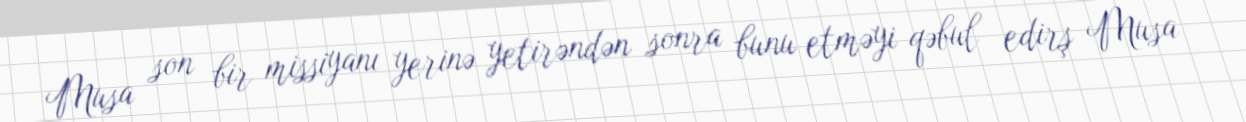
Musa son bir missiyanı yerinə yetirəndən sonra bunu etməyi qəbul edirş Musa